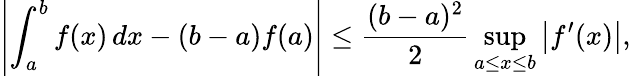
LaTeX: \left|\int_{a}^{b}f(x)\, dx-(b-a)f(a)\right|\leq{\frac{(b-a)^{2}}{2}}\operatorname*{sup}_{a\leq x\leq b}\left|f^{\prime}(x)\right|,